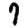
Digit: 7